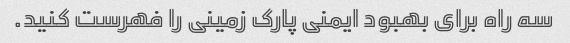
سه راه برای بهبود ایمنی پارک زمینی را فهرست کنید.